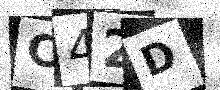
Text: C42D